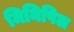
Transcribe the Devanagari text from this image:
मिनिपिल